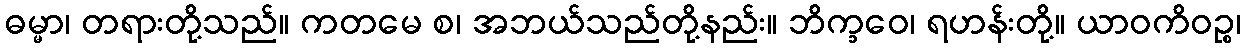
ဓမ္မာ၊ တရားတို့သည်။ ကတမေ စ၊ အဘယ်သည်တို့နည်း။ ဘိက္ခဝေ၊ ရဟန်းတို့။ ယာဝကိဝဉ္စ၊